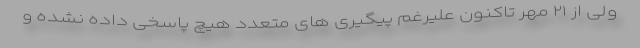
ولی از ۲۱ مهر تاکنون علیرغم پیگیری های متعدد هیچ پاسخی داده نشده و